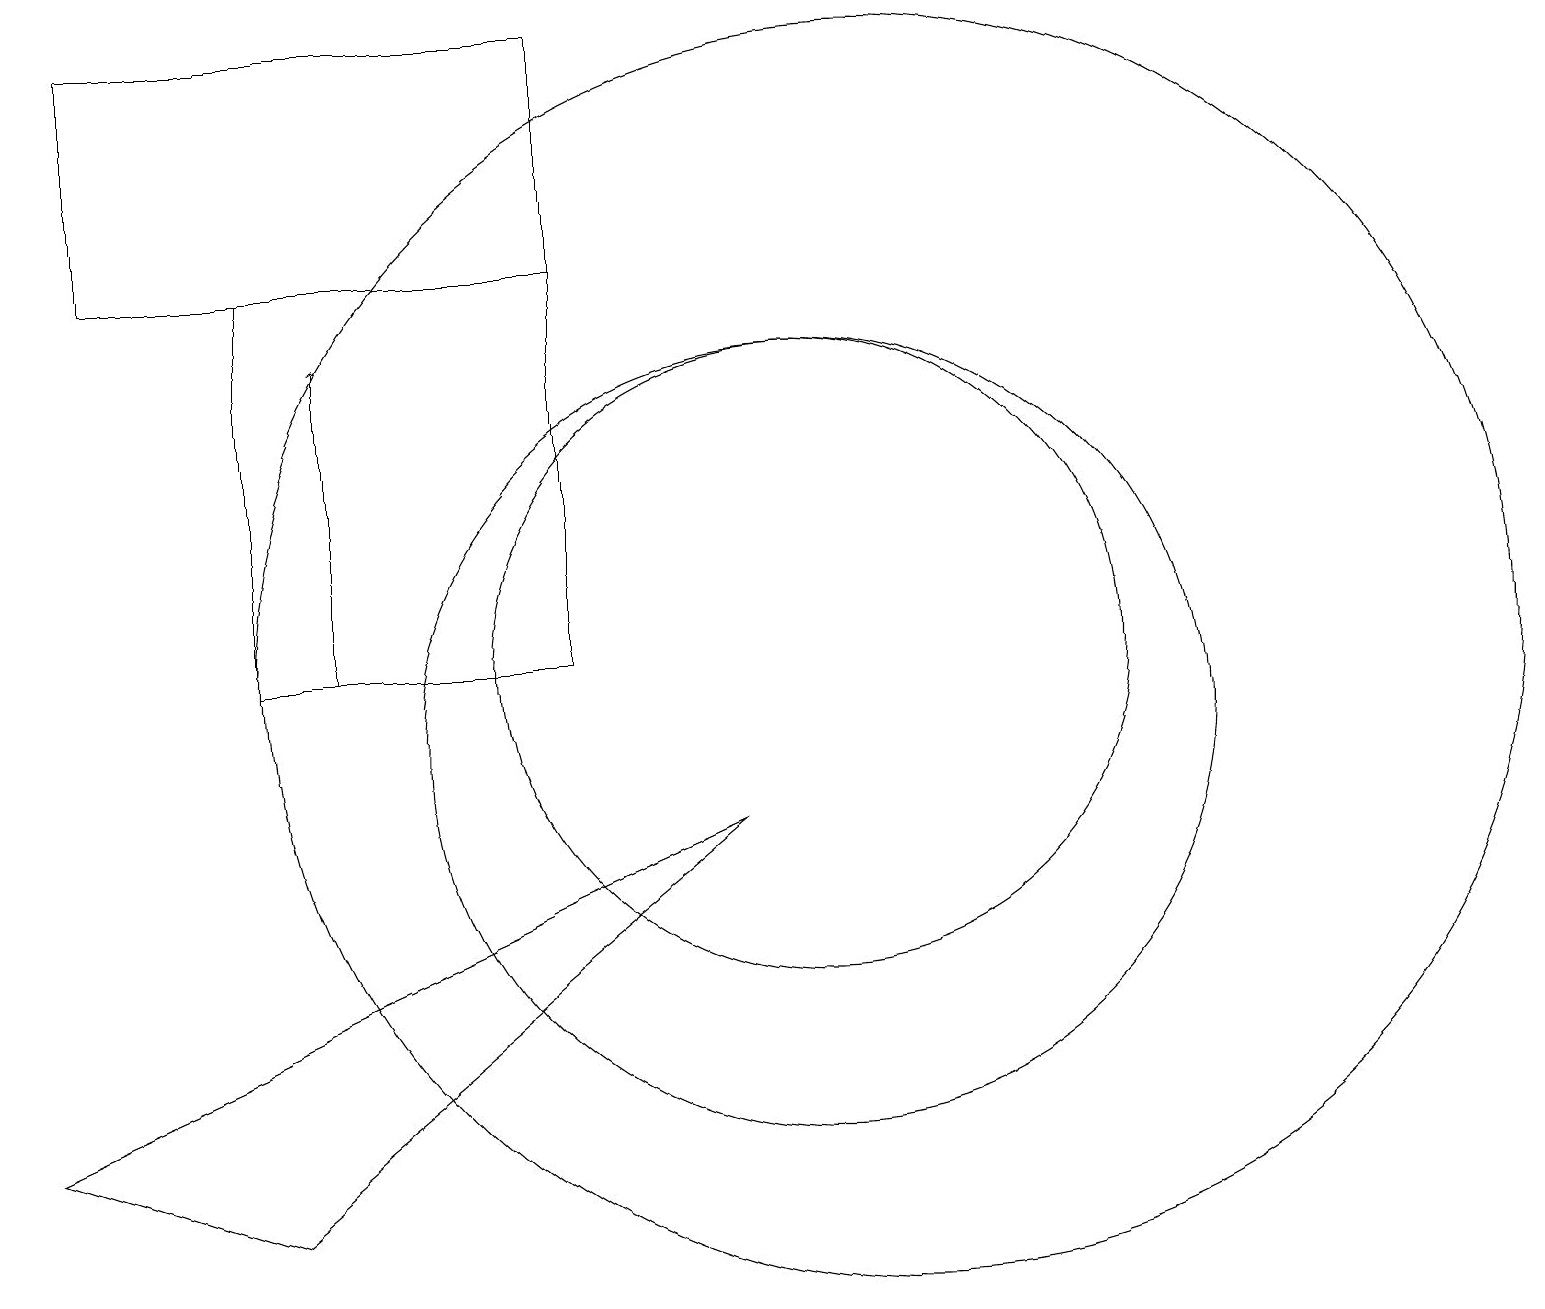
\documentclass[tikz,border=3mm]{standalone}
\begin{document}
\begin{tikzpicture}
\draw (7,16) rectangle (1,19);
\draw (10,10) circle (5);
\draw (10,11) circle (4);
\draw (3,11) rectangle (7,16);
\draw (11,11) circle (8);
\draw[->] (4,11) -- (4,15);
\draw (9,9) -- (0,5) -- (3,4) -- cycle;
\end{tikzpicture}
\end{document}